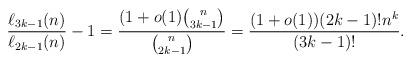
LaTeX: \begin{align*}\frac{\ell_{3k-1}(n)}{\ell_{2k-1}(n)} - 1 = \frac{(1+o(1)\binom{n}{3k-1}}{\binom{n}{2k-1}} = \frac{(1+o(1))(2k-1)!n^k}{(3k-1)!}.\end{align*}